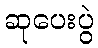
ဆုပေးပွဲ